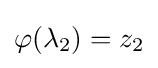
\varphi (\lambda _{2})=z_{2}